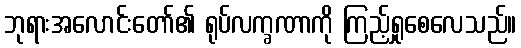
ဘုရားအလောင်းတော်၏ ရုပ်လက္ခဏာကို ကြည့်ရှုစေလေသည်။